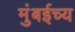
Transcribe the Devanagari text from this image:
मुंबईच्य